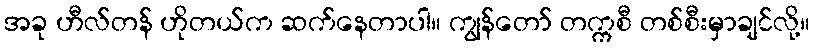
အခု ဟီလ်တန် ဟိုတယ်က ဆက်နေတာပါ။ ကျွန်တော် တက္ကစီ တစ်စီးမှာချင်လို့။